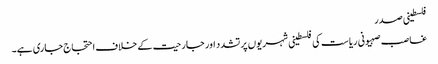
فلسطینی صدر
غاصب صہیونی ریاست کی فلسطینی شہریوں پر تشدد اور جارحیت کے خلاف احتجاج جاری ہے۔